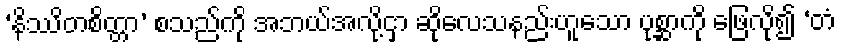
‘နိဿိတစိတ္တာ’ စသည်ကို အဘယ်အလို့ငှာ ဆိုလေသနည်းဟူသော ပုစ္ဆာကို ဖြေလို၍ ‘တံ